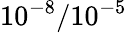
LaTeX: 10^{-8}/10^{-5}